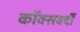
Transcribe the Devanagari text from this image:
कॉक्सवर्दी